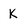
Character: K